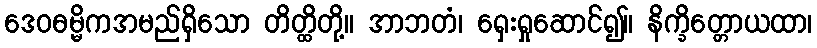
ဒေဝဓမ္မိကအမည်ရှိသော တိတ္ထိတို့။ အာဘတံ၊ ရှေးရှုဆောင်၍။ နိက္ခိတ္တောယထာ၊